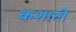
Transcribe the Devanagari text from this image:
कशानी